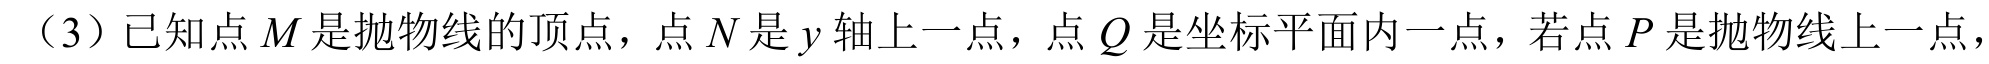
（3）已知点 \(M\) 是抛物线的顶点，点 \(N\) 是 \(y\) 轴上一点，点 \(Q\) 是坐标平面内一点，若点 \(P\) 是抛物线上一点，